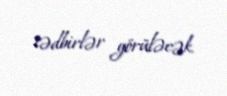
tədbirlər görüləcək.